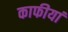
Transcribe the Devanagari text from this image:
काफीयां